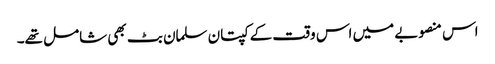
اس منصوبے میں اس وقت کے کپتان سلمان بٹ بھی شامل تھے۔